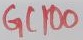
Text: GC100